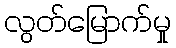
လွတ်မြောက်မှု